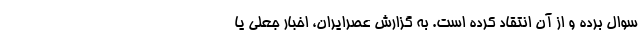
سوال برده و از آن انتقاد کرده است. به گزارش عصرایران، اخبار جعلی یا